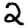
Digit: 2